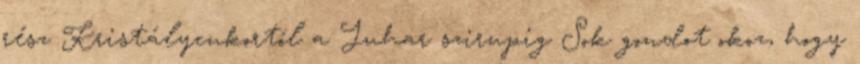
rész Kristálycukortól a Juhar szirupig Sok gondot okoz, hogy